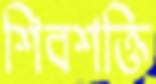
শিবশক্তি